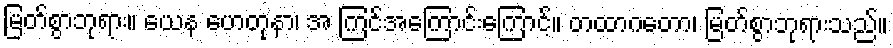
မြတ်စွာဘုရား။ ယေန ဟေတုနာ၊ အ ကြင်အကြောင်းကြောင့်။ တထာဂတော၊ မြတ်စွာဘုရားသည်။